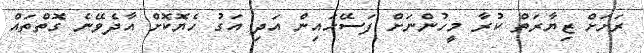
ރަށަށް ޒިޔާރަތް ކުރާ މީހުންނަށް ފަސޭހައިން އަދި އަގު ހެޔޮކޮށް އާދެވޭނެ ގޮތްތައް